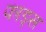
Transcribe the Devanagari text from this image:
फाड्स